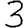
Digit: 3